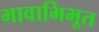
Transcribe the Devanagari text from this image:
भावाभिभूत